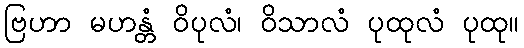
ဗြဟာ မဟန္တံ ဝိပုလံ၊ ဝိသာလံ ပုထုလံ ပုထု။